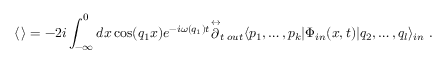
\langle \, \rangle = - 2 i \int _ { - \infty } ^ { 0 } d x \cos ( q _ { 1 } x ) e ^ { - i \omega ( q _ { 1 } ) t } { \mathop { \partial } ^ { \leftrightarrow } } _ { t } \, _ { o u t } \langle p _ { 1 } , \dots , p _ { k } | \Phi _ { i n } ( x , t ) | q _ { 2 } , \dots , q _ { l } \rangle _ { i n } \; .